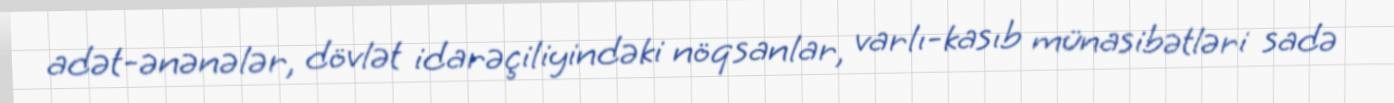
adət-ənənələr, dövlət idarəçiliyindəki nöqsanlar, varlı-kasıb münasibətləri sadə